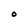
Character: O